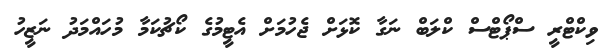
ވިކްޓްރީ ސްޕޯޓްސް ކްލަބް ނަގާ ކޮޅަށް ޖެހުމަށް އެޓީމުގެ ކޯޗުކަމާ މުހައްމަދު ނަޒީހު